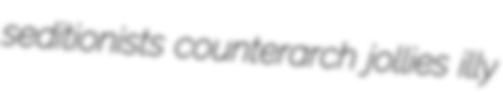
seditionists counterarch jollies illy